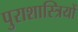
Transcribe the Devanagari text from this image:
पुराशास्त्रियों